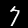
Digit: 7